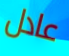
عادل